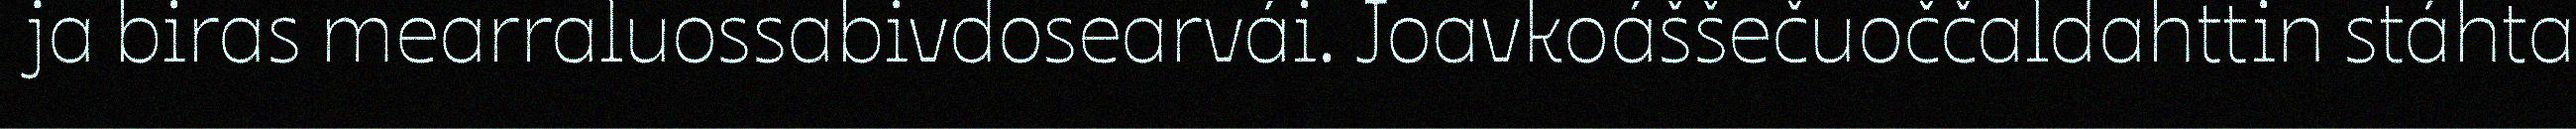
ja biras mearraluossabivdosearvái. Joavkoáššečuoččaldahttin stáhta